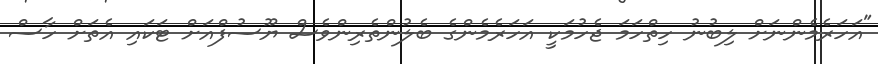
"އަހަރެމެންނަށް ލިބުނު ހިތްހަމަ ޖެހުމަކީ އަހަރެމެންގެ ބެލުންތެރިންވެސް ޔޫސުފްއަށް ޓަކައި އެތަށް ހާސް